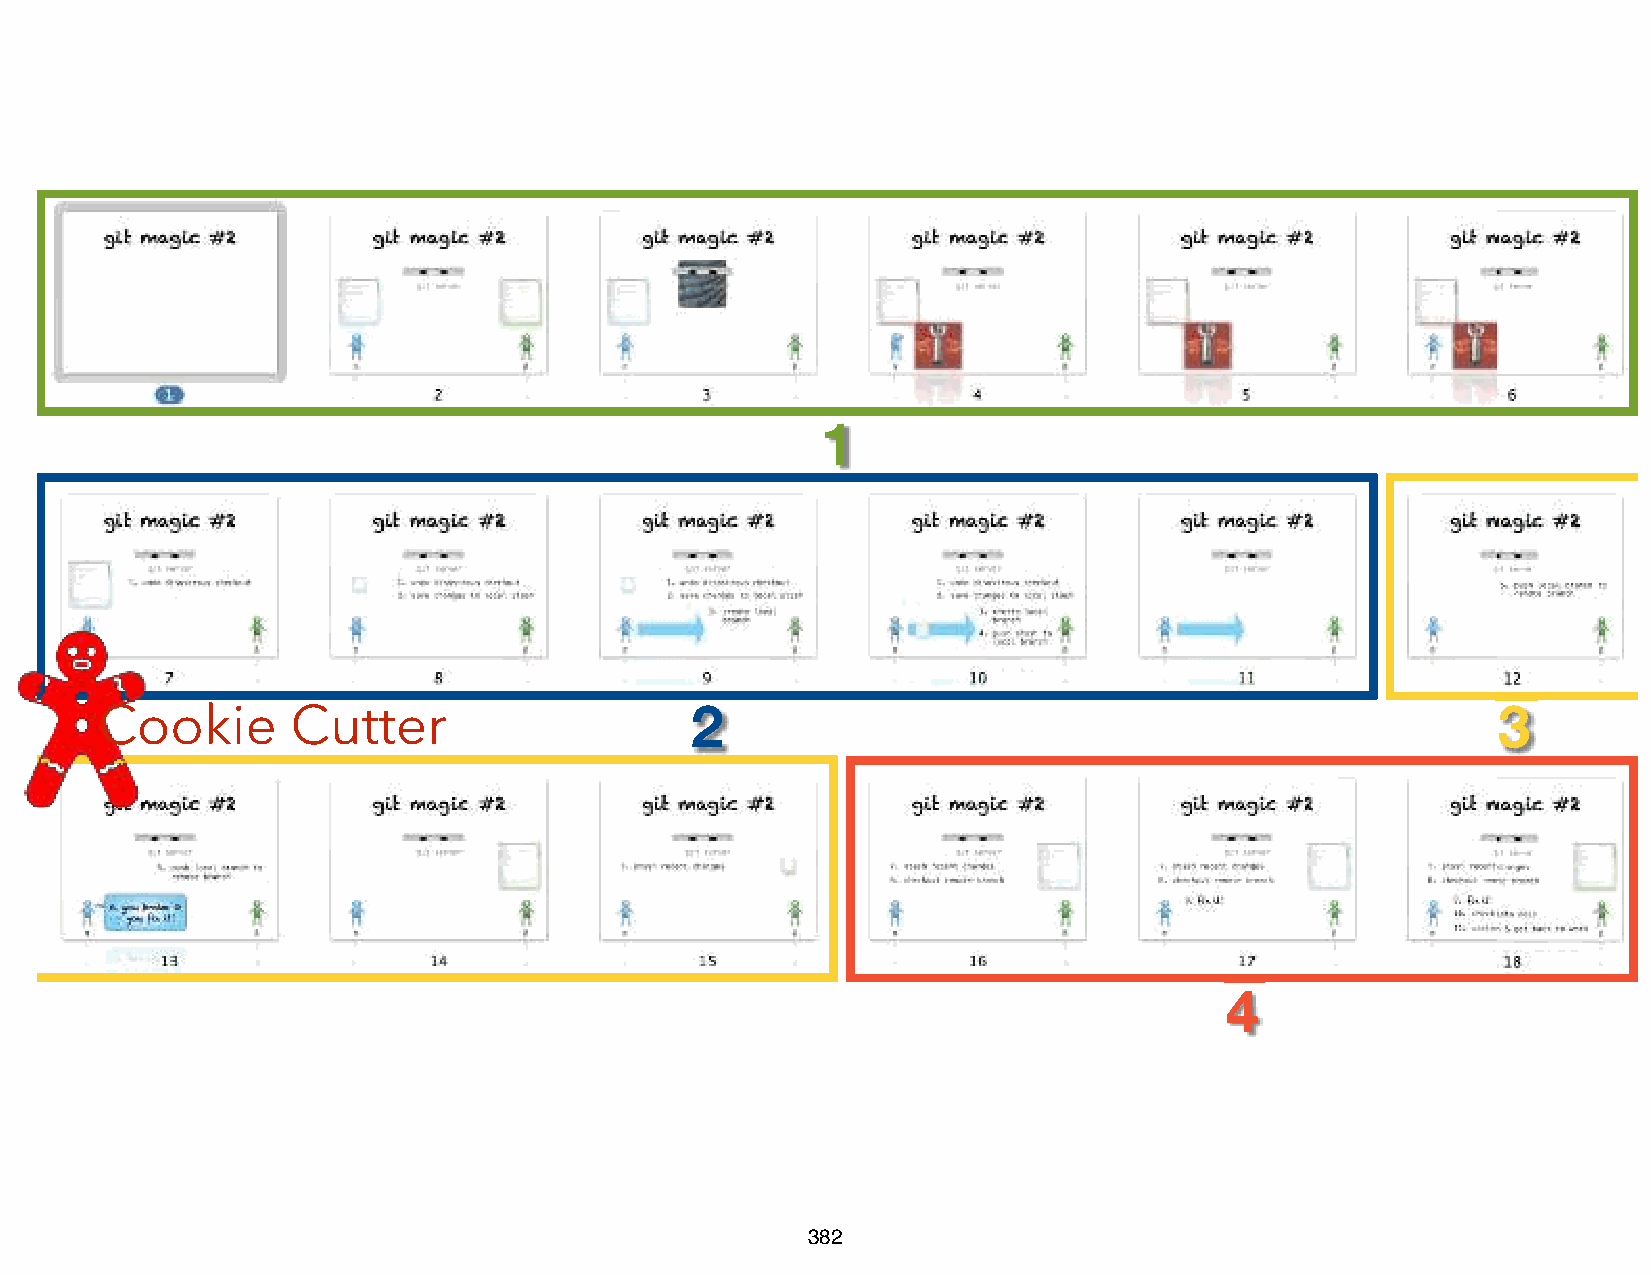
1
 2                                                    3
 Cookie       Cutter
 4
 382